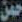
حمن